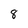
Character: 8